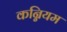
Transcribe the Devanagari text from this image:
कन्नियम